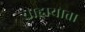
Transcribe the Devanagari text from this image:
साहायाता